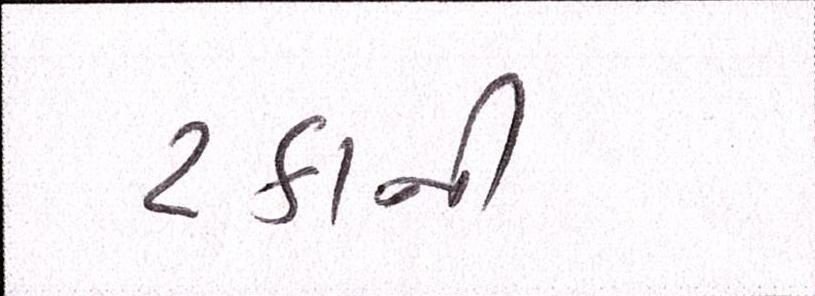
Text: ટકાની